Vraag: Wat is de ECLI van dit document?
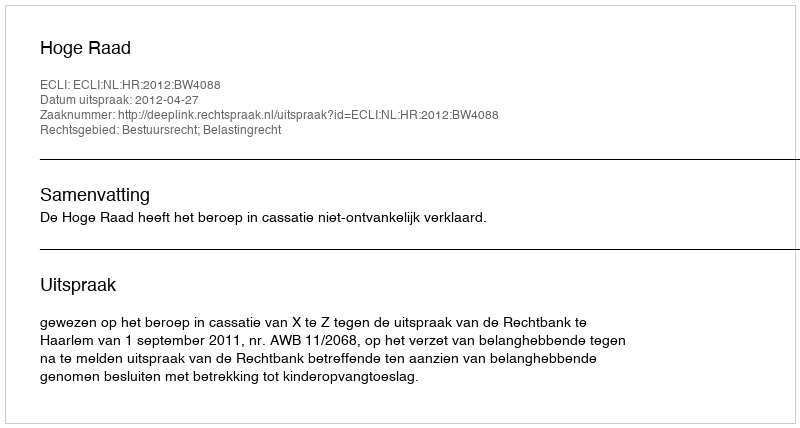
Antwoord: ECLI:NL:HR:2012:BW4088